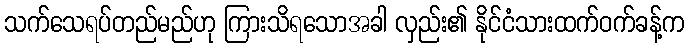
သက်သေရပ်တည်မည်ဟု ကြားသိရသောအခါ လှည်း၏ နိုင်ငံသားထက်ဝက်ခန့်က